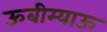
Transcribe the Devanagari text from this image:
ऊबीम्याऊ